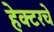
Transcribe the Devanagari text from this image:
हेक्टरचे